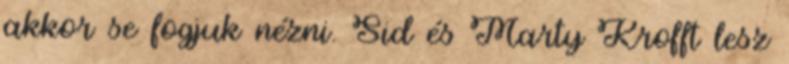
akkor se fogjuk nézni. Sid és Marty Krofft lesz